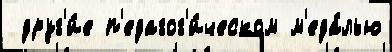
 друг'и́е п'едагог'и́ческом м'еда́лью